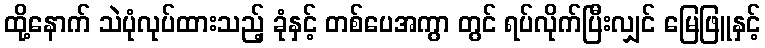
ထို့နောက် သဲပုံလုပ်ထားသည့် ခုံနှင့် တစ်ပေအကွာ တွင် ရပ်လိုက်ပြီးလျှင် မြေဖြူနှင့်